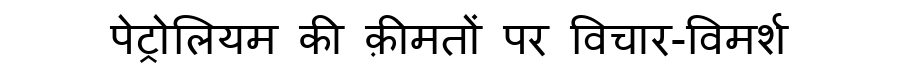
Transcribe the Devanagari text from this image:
पेट्रोलियम की क़ीमतों पर विचार-विमर्श